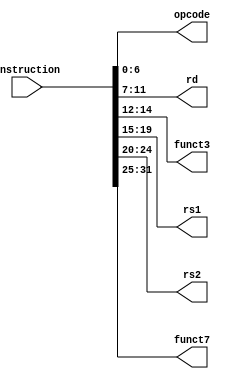
module InsParser
(
	input [31:0] instruction,
	output [6:0] opcode,
	output [4:0] rd,
	output [2:0] funct3,
	output [4:0] rs1,
	output [4:0] rs2,
	output [6:0] funct7
	
);

assign opcode 	= instruction [6:0];
assign rd 		= instruction [11:7];
assign funct3 	= instruction [14:12];
assign rs1		= instruction [19:15];
assign rs2		= instruction [24:20];
assign funct7	= instruction [31:25];

endmodule